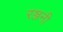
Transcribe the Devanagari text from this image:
रञ्जनी